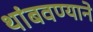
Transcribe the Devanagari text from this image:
थांबवण्याने